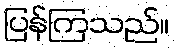
ပြန်ကြသည်။